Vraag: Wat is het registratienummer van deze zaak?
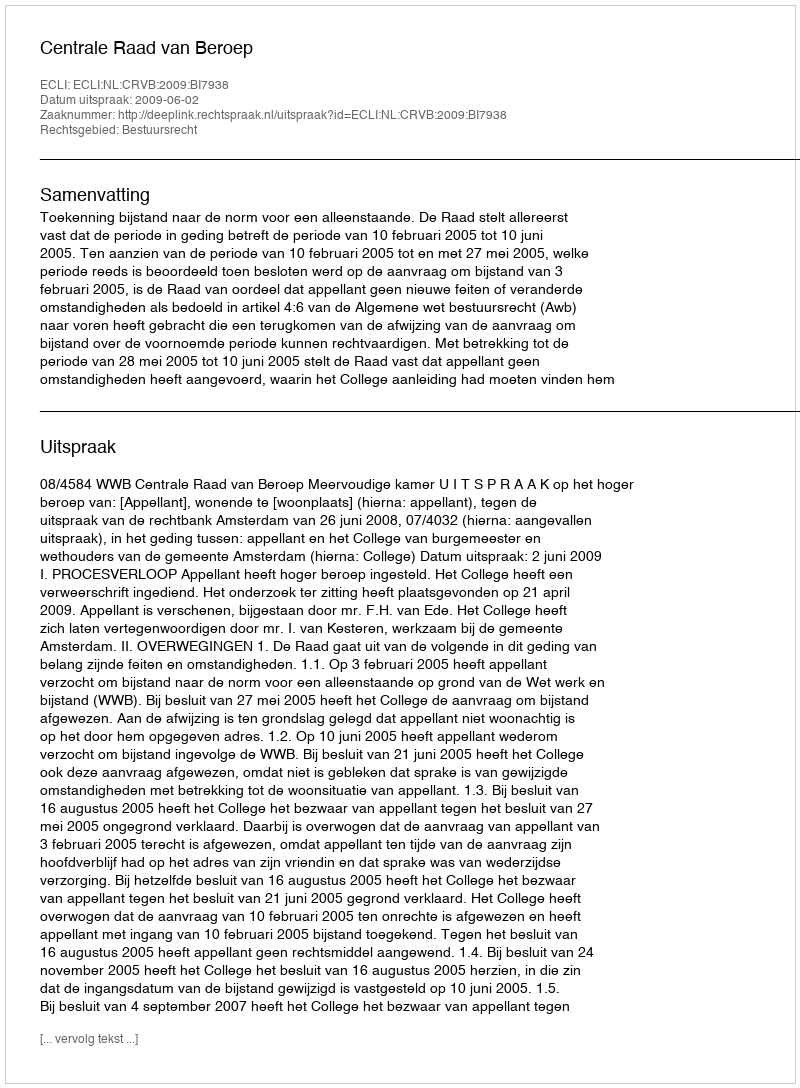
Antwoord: http://deeplink.rechtspraak.nl/uitspraak?id=ECLI:NL:CRVB:2009:BI7938